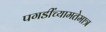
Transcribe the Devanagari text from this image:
पगडींच्यामतेमात्र